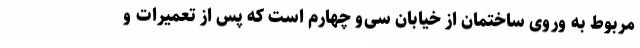
مربوط به وروی ساختمان از خیابان سی‌و چهارم است که پس از تعمیرات و